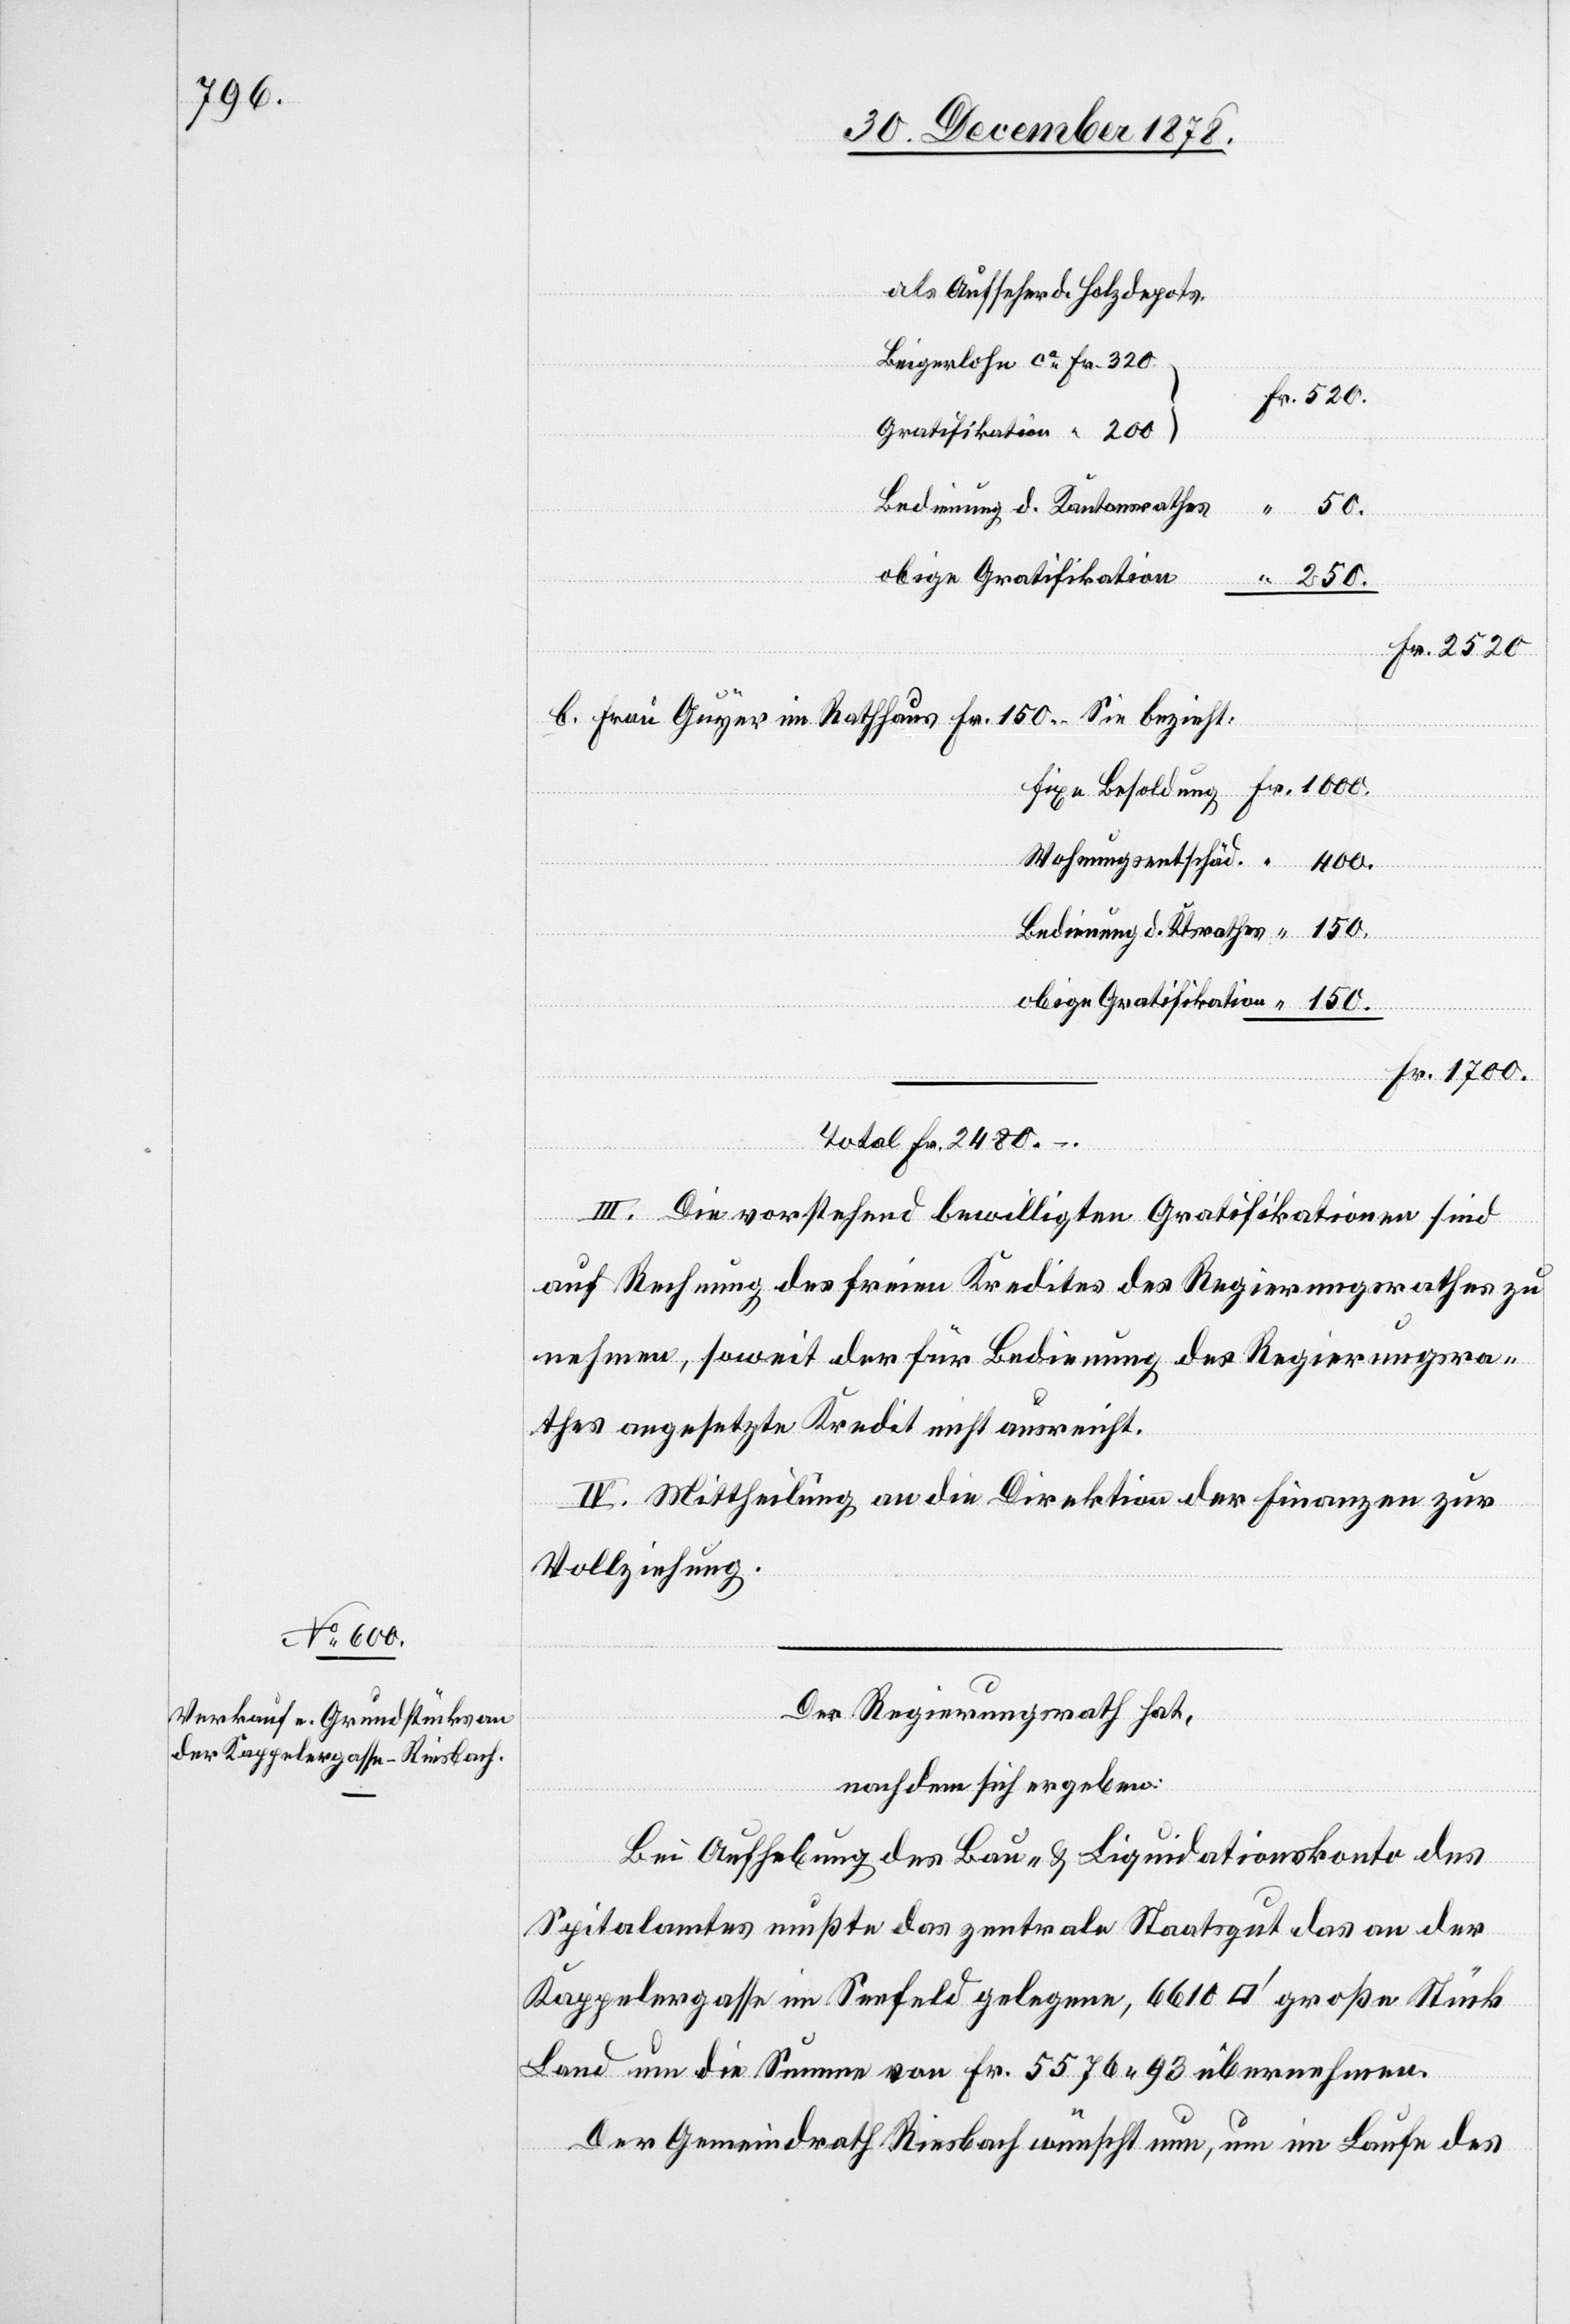
als Aufseher d. Holzdepots
Beigerlohn ca Fr. 320
Gratifikation “ 200
Bedienung d. Ktsrathes
50.
Wohnungsentschäd.
obige Gratifikation
Total Fr. 2480
Fr.
III. Die vorstehend bewilligten Gratifikationen sind
auf Rechnung des freien Kredites des Regierungsrathes zu
nehmen, soweit der für Bedienung des Regierungsra¬
thes angesetzte Kredit nicht ausreicht.
IV. Mittheilung an die Direktion der Finanzen zur
Vollziehung.
Der Regierungsrath hat,
nachdem sich ergeben:
Bei Aufhebung des Bau- & Liquidationskonto des
Spitalamtes mußte das zentrale Staatsgut das an der
Kappelergasse im Seefeld gelegene, 6610 [Quadratfuss] große Stück
Land um die Summe von Fr. 5576 93 übernehmen.
Der Gemeindrath Riesbach wünscht nun, um im Laufe des